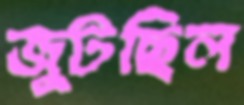
জুটছিল